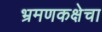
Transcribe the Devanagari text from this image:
भ्रमणकक्षेचा